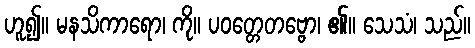
ဟူ၍။ မနသိကာရော၊ ကို။ ပဝတ္တေတဗ္ဗော၊ ၏။ သေသံ၊ သည်။